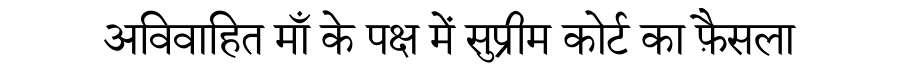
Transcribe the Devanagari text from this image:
अविवाहित माँ के पक्ष में सुप्रीम कोर्ट का फ़ैसला